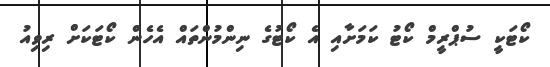
ކޯޓަކީ ސުޕްރީމް ކޯޓު ކަމަށާއި އެ ކޯޓުގެ ނިންމުންތައް އެހެން ކޯޓަކަށް ރިވިއު